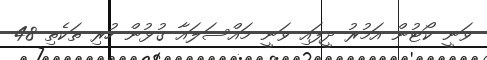
ވަނީ ކޯޓުން އަމުރު ދީފައި ވަނީ މައްސަލައާ ގުޅުން ހުރި ތަކެތި 48